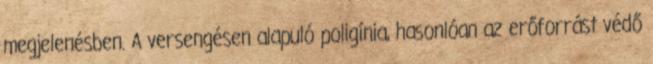
megjelenésben. A versengésen alapuló poligínia, hasonlóan az erőforrást védő